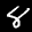
Digit: 8